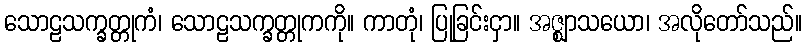
သောဠသက္ခတ္တုကံ၊ သောဠသက္ခတ္တုကကို။ ကာတုံ၊ ပြုခြင်းငှာ။ အဇ္ဈာသယော၊ အလိုတော်သည်။